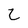
Character: 2